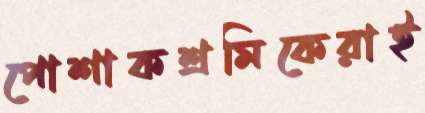
পোশাকশ্রমিকেরাই